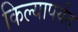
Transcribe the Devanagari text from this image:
किल्यापर्यंत